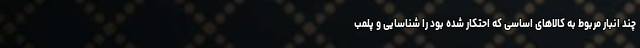
چند انبار مربوط به کالاهای اساسی که احتکار شده بود را شناسایی و پلمب